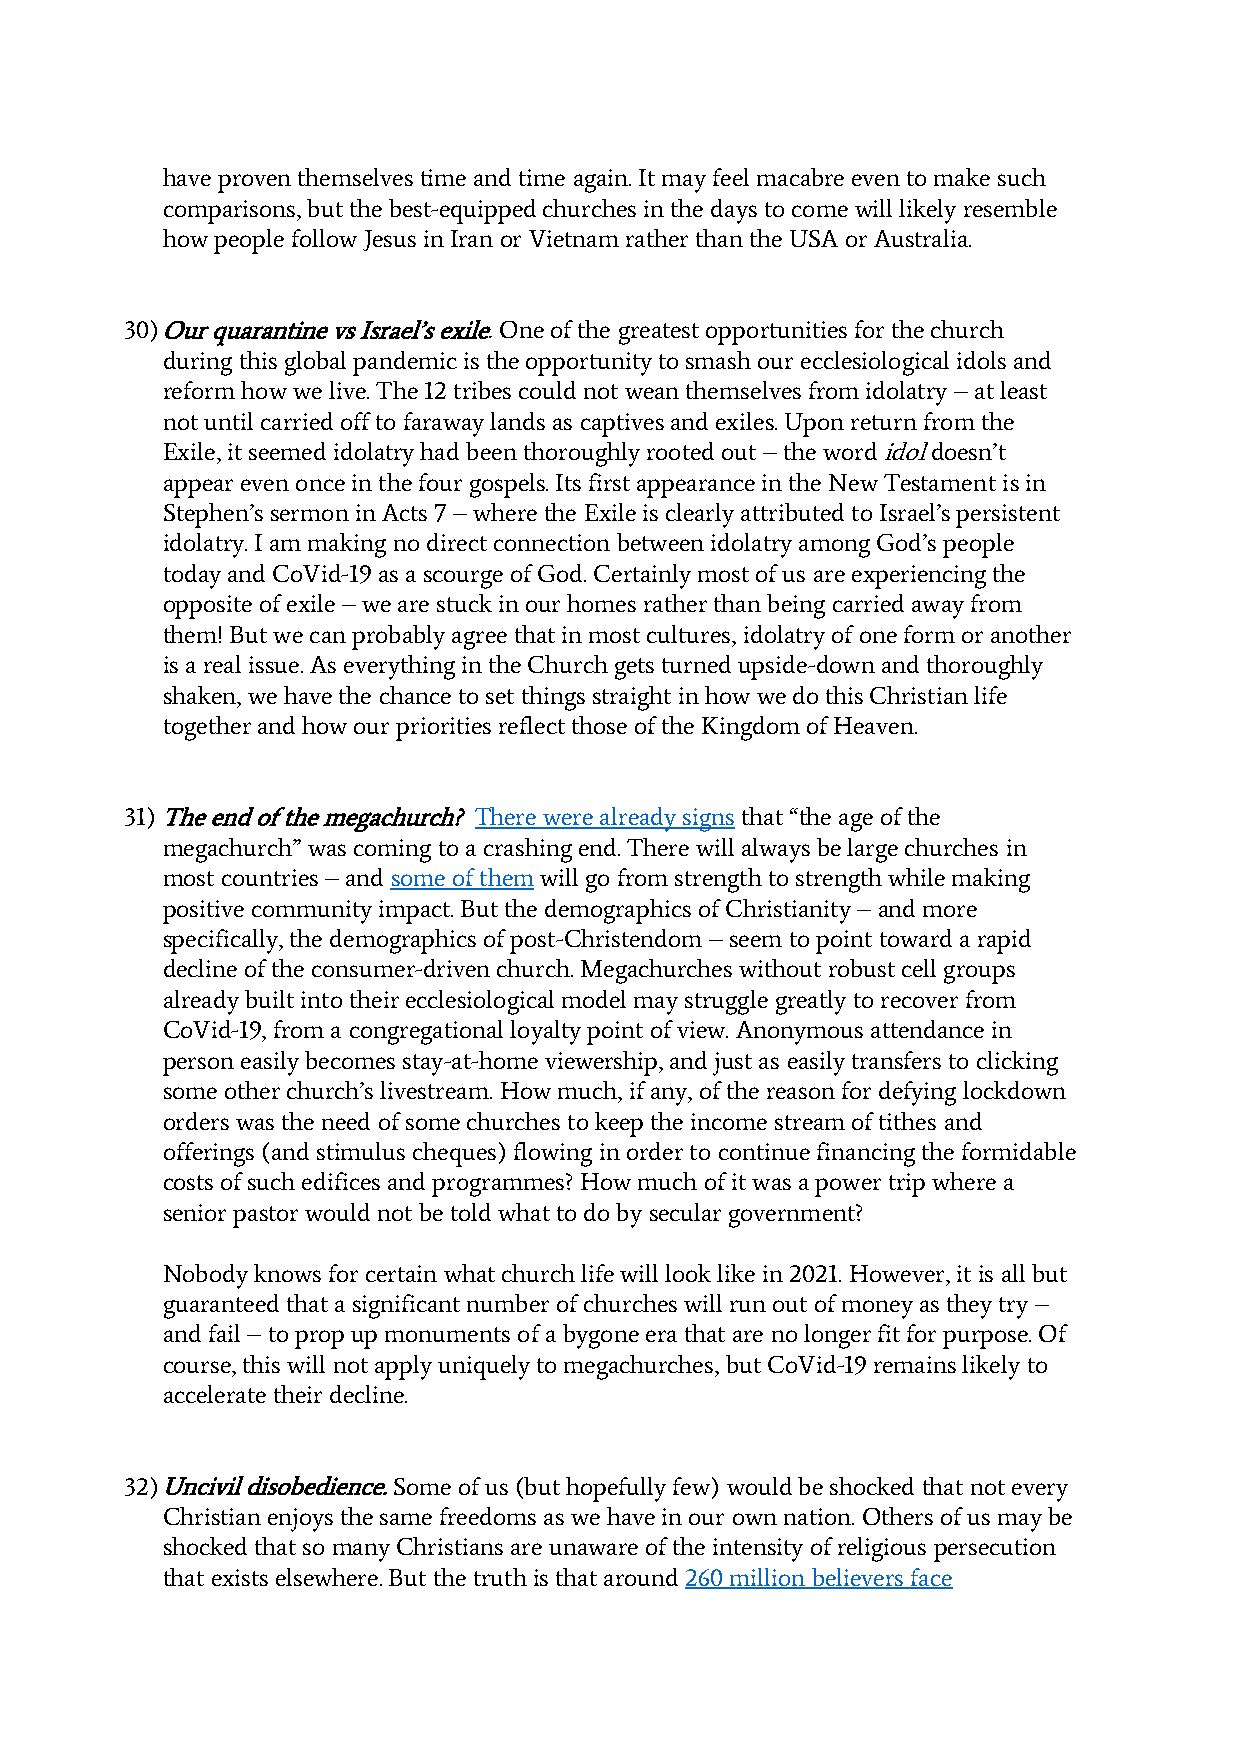
have proven themselves time and time again. It may feel macabre even to make such
 comparisons, but the best-equipped churches in the days to come will likely resemble
 how people follow Jesus in Iran or Vietnam rather than the USA or Australia.
 30) Our quarantine vs Israel’s exile. One of the greatest opportunities for the church
 during this global pandemic is the opportunity to smash our ecclesiological idols and
 reform how we live. The 12 tribes could not wean themselves from idolatry – at least
 not until carried off to faraway lands as captives and exiles. Upon return from the
 Exile, it seemed idolatry had been thoroughly rooted out – the word idol doesn’t
 appear even once in the four gospels. Its first appearance in the New Testament is in
 Stephen’s sermon in Acts 7 – where the Exile is clearly attributed to Israel’s persistent
 idolatry. I am making no direct connection between idolatry among God’s people
 today and CoVid-19 as a scourge of God. Certainly most of us are experiencing the
 opposite of exile – we are stuck in our homes rather than being carried away from
 them! But we can probably agree that in most cultures, idolatry of one form or another
 is a real issue. As everything in the Church gets turned upside-down and thoroughly
 shaken, we have the chance to set things straight in how we do this Christian life
 together and how our priorities reflect those of the Kingdom of Heaven.
 31) The end of the megachurch? There were already signs that “the age of the
 megachurch” was coming to a crashing end. There will always be large churches in
 most countries – and some of them will go from strength to strength while making
 positive community impact. But the demographics of Christianity – and more
 specifically, the demographics of post-Christendom – seem to point toward a rapid
 decline of the consumer-driven church. Megachurches without robust cell groups
 already built into their ecclesiological model may struggle greatly to recover from
 CoVid-19, from a congregational loyalty point of view. Anonymous attendance in
 person easily becomes stay-at-home viewership, and just as easily transfers to clicking
 some other church’s livestream. How much, if any, of the reason for defying lockdown
 orders was the need of some churches to keep the income stream of tithes and
 offerings (and stimulus cheques) flowing in order to continue financing the formidable
 costs of such edifices and programmes? How much of it was a power trip where a
 senior pastor would not be told what to do by secular government?
 Nobody knows for certain what church life will look like in 2021. However, it is all but
 guaranteed that a significant number of churches will run out of money as they try –
 and fail – to prop up monuments of a bygone era that are no longer fit for purpose. Of
 course, this will not apply uniquely to megachurches, but CoVid-19 remains likely to
 accelerate their decline.
 32) Uncivil disobedience. Some of us (but hopefully few) would be shocked that not every
 Christian enjoys the same freedoms as we have in our own nation. Others of us may be
 shocked that so many Christians are unaware of the intensity of religious persecution
 that exists elsewhere. But the truth is that around 260 million believers face